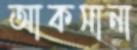
আকসানা